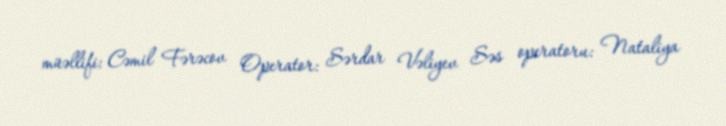
müəllifi: Cəmil Fərəcov Operator: Sərdar Vəliyev Səs operatoru: Nataliya